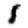
Digit: 1